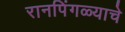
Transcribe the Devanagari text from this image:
रानपिंगळ्याचे